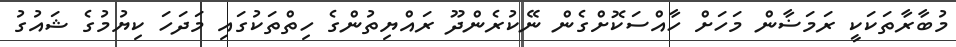
މުބާރާތަކަކީ ރަމަޟާން މަހަށް ހާއްސަކޮށްގެން ނޭކުރެންދޫ ރައްޔިތުންގެ ހިތްތަކުގައި މަދަހަ ކިޔުމުގެ ޝައުގު